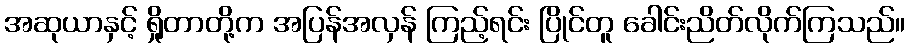
အဆုယာနှင့် ရှိုတာတို့က အပြန်အလှန် ကြည့်ရင်း ပြိုင်တူ ခေါင်းညိတ်လိုက်ကြသည်။